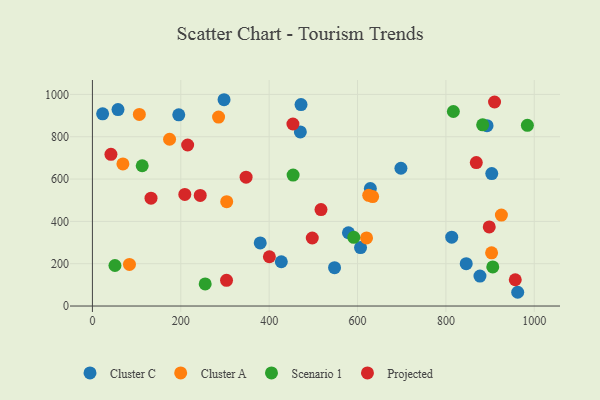
{"axis": {"x": "Price", "y": "Yield"}, "legend": ["Cluster A", "Cluster C", "Projected", "Scenario 1"], "data": [{"x": "698.2", "y": 651.0, "type": "Cluster C"}, {"x": "427.5", "y": 209.3, "type": "Cluster C"}, {"x": "470.6", "y": 822.7, "type": "Cluster C"}, {"x": "472.1", "y": 951.8, "type": "Cluster C"}, {"x": "23.1", "y": 908.5, "type": "Cluster C"}, {"x": "195.4", "y": 903.7, "type": "Cluster C"}, {"x": "893.1", "y": 852.2, "type": "Cluster C"}, {"x": "813.2", "y": 325.3, "type": "Cluster C"}, {"x": "57.9", "y": 928.3, "type": "Cluster C"}, {"x": "548.0", "y": 181.4, "type": "Cluster C"}, {"x": "962.5", "y": 65.0, "type": "Cluster C"}, {"x": "606.8", "y": 276.0, "type": "Cluster C"}, {"x": "579.4", "y": 346.4, "type": "Cluster C"}, {"x": "846.0", "y": 200.0, "type": "Cluster C"}, {"x": "877.1", "y": 141.7, "type": "Cluster C"}, {"x": "297.9", "y": 974.9, "type": "Cluster C"}, {"x": "629.0", "y": 555.5, "type": "Cluster C"}, {"x": "379.8", "y": 298.3, "type": "Cluster C"}, {"x": "903.8", "y": 625.8, "type": "Cluster C"}, {"x": "903.4", "y": 251.2, "type": "Cluster A"}, {"x": "83.8", "y": 196.5, "type": "Cluster A"}, {"x": "174.6", "y": 788.2, "type": "Cluster A"}, {"x": "69.0", "y": 671.3, "type": "Cluster A"}, {"x": "620.4", "y": 321.9, "type": "Cluster A"}, {"x": "925.6", "y": 429.9, "type": "Cluster A"}, {"x": "625.3", "y": 523.1, "type": "Cluster A"}, {"x": "303.9", "y": 492.9, "type": "Cluster A"}, {"x": "285.5", "y": 893.1, "type": "Cluster A"}, {"x": "634.2", "y": 517.0, "type": "Cluster A"}, {"x": "106.2", "y": 905.5, "type": "Cluster A"}, {"x": "906.1", "y": 184.9, "type": "Scenario 1"}, {"x": "883.2", "y": 856.3, "type": "Scenario 1"}, {"x": "816.9", "y": 919.3, "type": "Scenario 1"}, {"x": "255.2", "y": 104.5, "type": "Scenario 1"}, {"x": "454.2", "y": 618.9, "type": "Scenario 1"}, {"x": "51.0", "y": 191.5, "type": "Scenario 1"}, {"x": "984.4", "y": 853.7, "type": "Scenario 1"}, {"x": "591.5", "y": 324.5, "type": "Scenario 1"}, {"x": "112.7", "y": 663.0, "type": "Scenario 1"}, {"x": "453.8", "y": 860.3, "type": "Projected"}, {"x": "132.6", "y": 509.6, "type": "Projected"}, {"x": "957.0", "y": 124.2, "type": "Projected"}, {"x": "303.5", "y": 121.7, "type": "Projected"}, {"x": "497.6", "y": 321.5, "type": "Projected"}, {"x": "347.8", "y": 608.8, "type": "Projected"}, {"x": "244.0", "y": 522.8, "type": "Projected"}, {"x": "209.1", "y": 527.6, "type": "Projected"}, {"x": "910.1", "y": 964.1, "type": "Projected"}, {"x": "517.3", "y": 456.0, "type": "Projected"}, {"x": "898.1", "y": 373.8, "type": "Projected"}, {"x": "215.5", "y": 761.0, "type": "Projected"}, {"x": "41.9", "y": 716.7, "type": "Projected"}, {"x": "868.8", "y": 677.8, "type": "Projected"}, {"x": "400.5", "y": 232.9, "type": "Projected"}]}